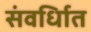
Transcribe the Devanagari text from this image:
संवर्धिात